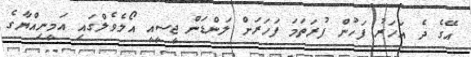
އޭގެ ދެ އަހަރު ފަހުން ފުރަތަމަ ފަހަރަށް ލަންޑަން ޖީސީއީ އޯލެވެލްގައި އަމީނިއްޔާގެ